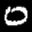
Label: 0